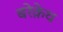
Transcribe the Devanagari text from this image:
बरेक़ेथ